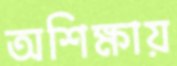
অশিক্ষায়